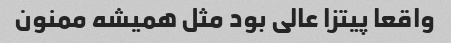
واقعا پیتزا عالی بود مثل همیشه ممنون